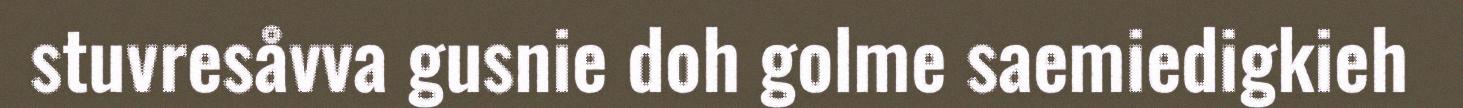
stuvresåvva gusnie doh golme saemiedigkieh